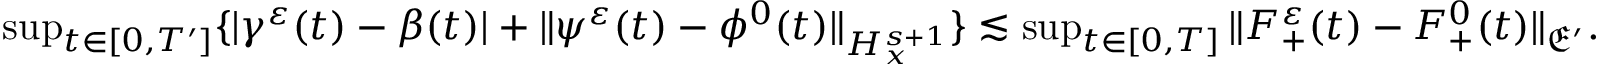
\begin{array} { r } { \operatorname* { s u p } _ { t \in [ 0 , T ^ { \prime } ] } \{ | \gamma ^ { \varepsilon } ( t ) - \beta ( t ) | + \| \psi ^ { \varepsilon } ( t ) - \phi ^ { 0 } ( t ) \| _ { H _ { x } ^ { s + 1 } } \} \lesssim \operatorname* { s u p } _ { t \in [ 0 , T ] } \| F _ { + } ^ { \varepsilon } ( t ) - F _ { + } ^ { 0 } ( t ) \| _ { \mathfrak E ^ { \prime } } . } \end{array}